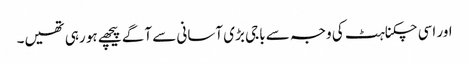
اور اسی چکناہٹ کی وجہ سے باجی بڑی آسانی سے آگے پیچھے ہو رہی تھیں۔